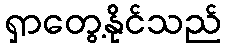
ရှာတွေ့နိုင်သည်